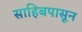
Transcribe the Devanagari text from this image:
साहिबपासून